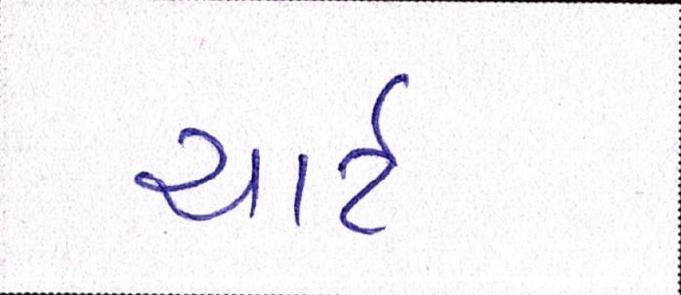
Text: ચાર્ટ